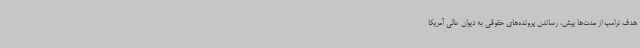
هدف ترامپ از مدت‌ها پیش، رساندن پرونده‌های حقوقی به دیوان عالی آمریکا